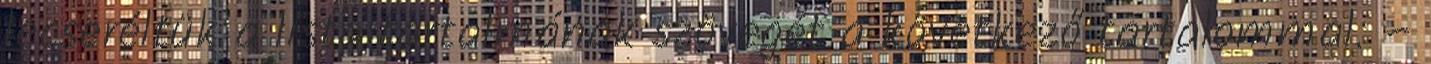
lecseréltük a lista tartalmának szövegét a következő tartalommal: –